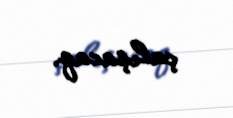
çalışacaq.